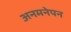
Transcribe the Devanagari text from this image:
अनमनेपन